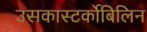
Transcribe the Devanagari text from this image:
उसकास्‍टर्कोबिलिन